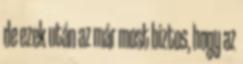
de ezek után az már most biztos, hogy az